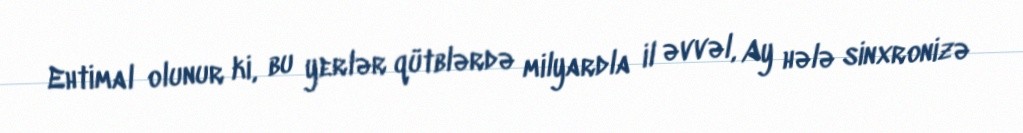
Ehtimal olunur ki, bu yerlər qütblərdə milyardla il əvvəl, Ay hələ sinxronizə